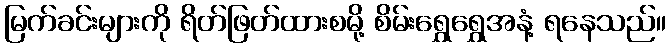
မြက်ခင်းများကို ရိတ်ဖြတ်ထားစမို့ စိမ်းရွှေရွှေအနံ့ ရနေသည်။